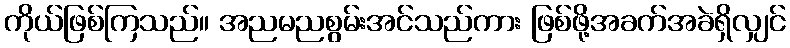
ကိုယ်ဖြစ်ကြသည်။ အညမညစွမ်းအင်သည်ကား ဖြစ်ဖို့အခက်အခဲရှိလျှင်